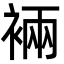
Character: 裲